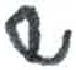
אות: ש